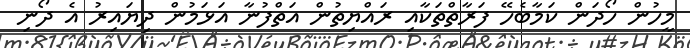
މީހުން ހޯދަން ކަމާބެހޭ ފަރާތްތަކާއި ރައްޔިތުން އަތްފުނާ އަޅަމުން ދިޔައިރު އެ ދޯނި